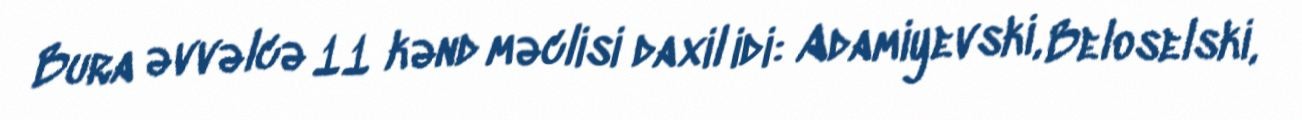
Bura əvvəlcə 11 kənd məclisi daxil idi: Adamiyevski, Beloselski,